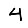
Digit: 4